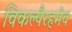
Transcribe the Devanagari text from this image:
विकल्पैरहमेव